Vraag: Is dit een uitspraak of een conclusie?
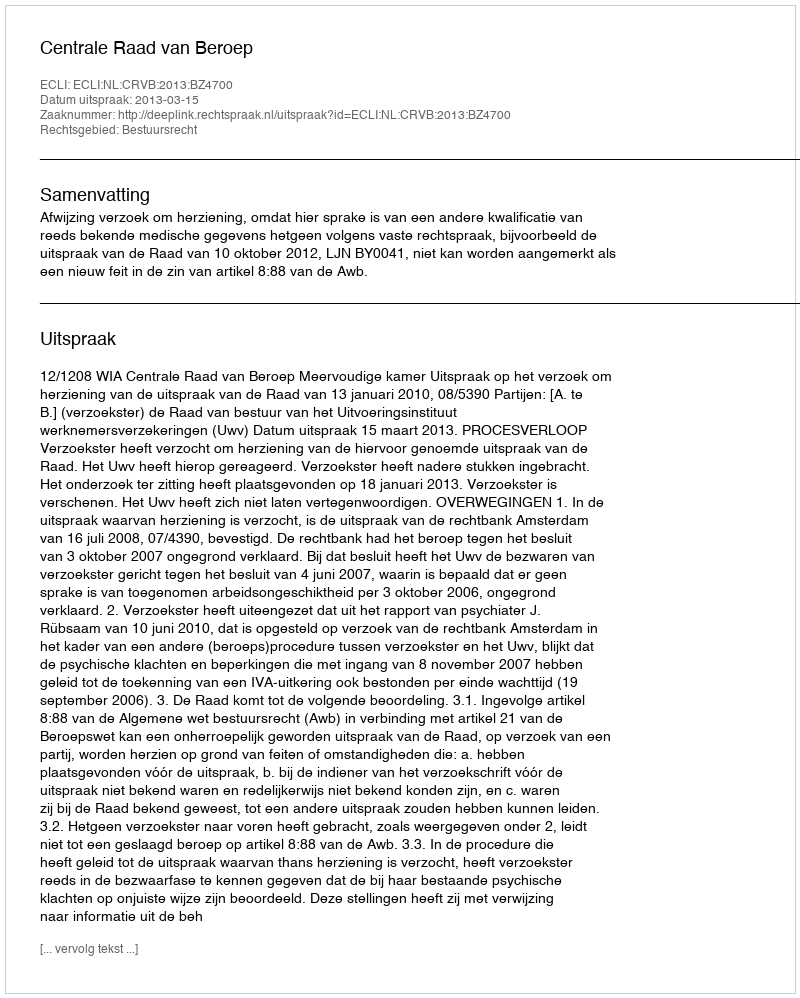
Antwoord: Uitspraak